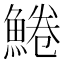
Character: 䱧